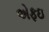
એફઇ